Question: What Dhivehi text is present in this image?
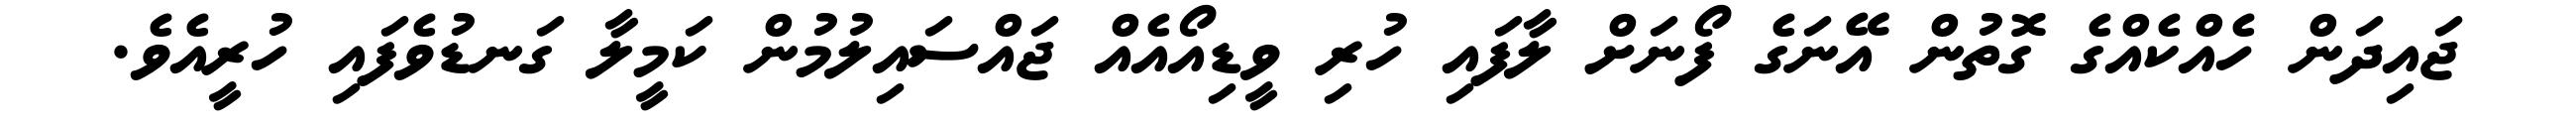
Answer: ޖައިދަން ހެއްކެއްގެ ގޮތުން އޭނަގެ ފޯނަށް ލާފައި ހުރި ވީޑިއޯއެއް ޖައްސައިލުމުން ކަމީލާ ގަނޑުވެފައި ހުރީއެވެ.